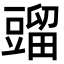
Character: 䝀